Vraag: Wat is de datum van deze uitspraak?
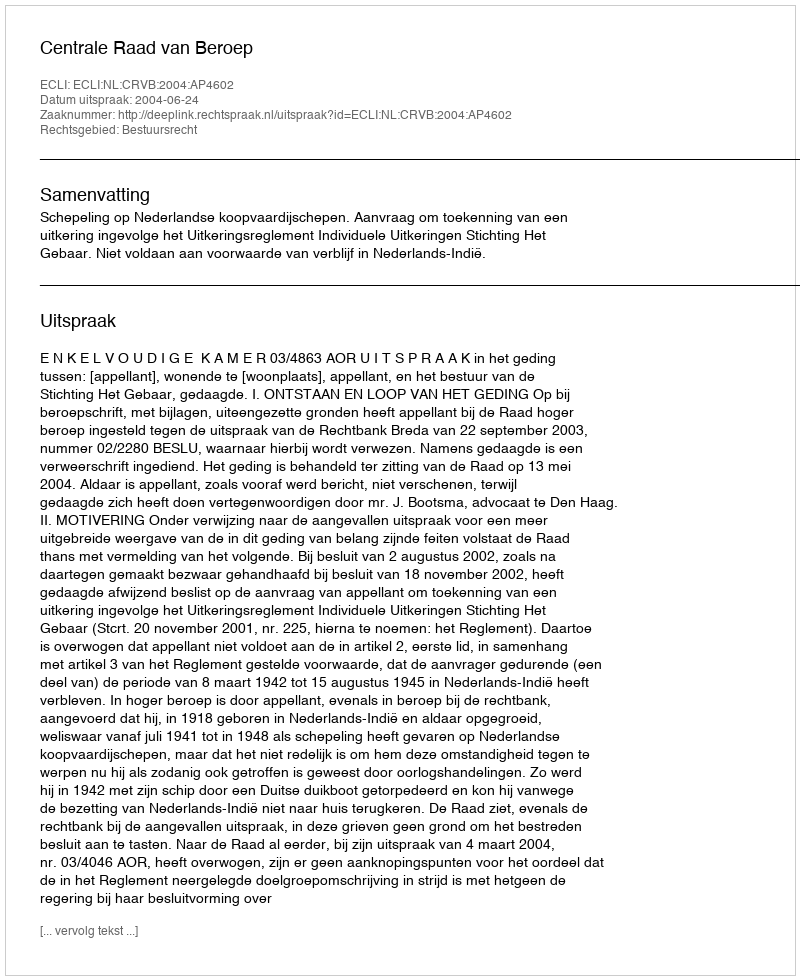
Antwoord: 2004-06-24